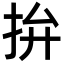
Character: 拚